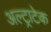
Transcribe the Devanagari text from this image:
अल्‍ट्राटेक